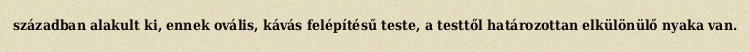
században alakult ki, ennek ovális, kávás felépítésű teste, a testtől határozottan elkülönülő nyaka van.